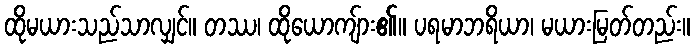
ထိုမယားသည်သာလျှင်။ တဿ၊ ထိုယောကျ်ား၏။ ပရမာဘရိယာ၊ မယားမြတ်တည်း။